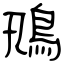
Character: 鳵